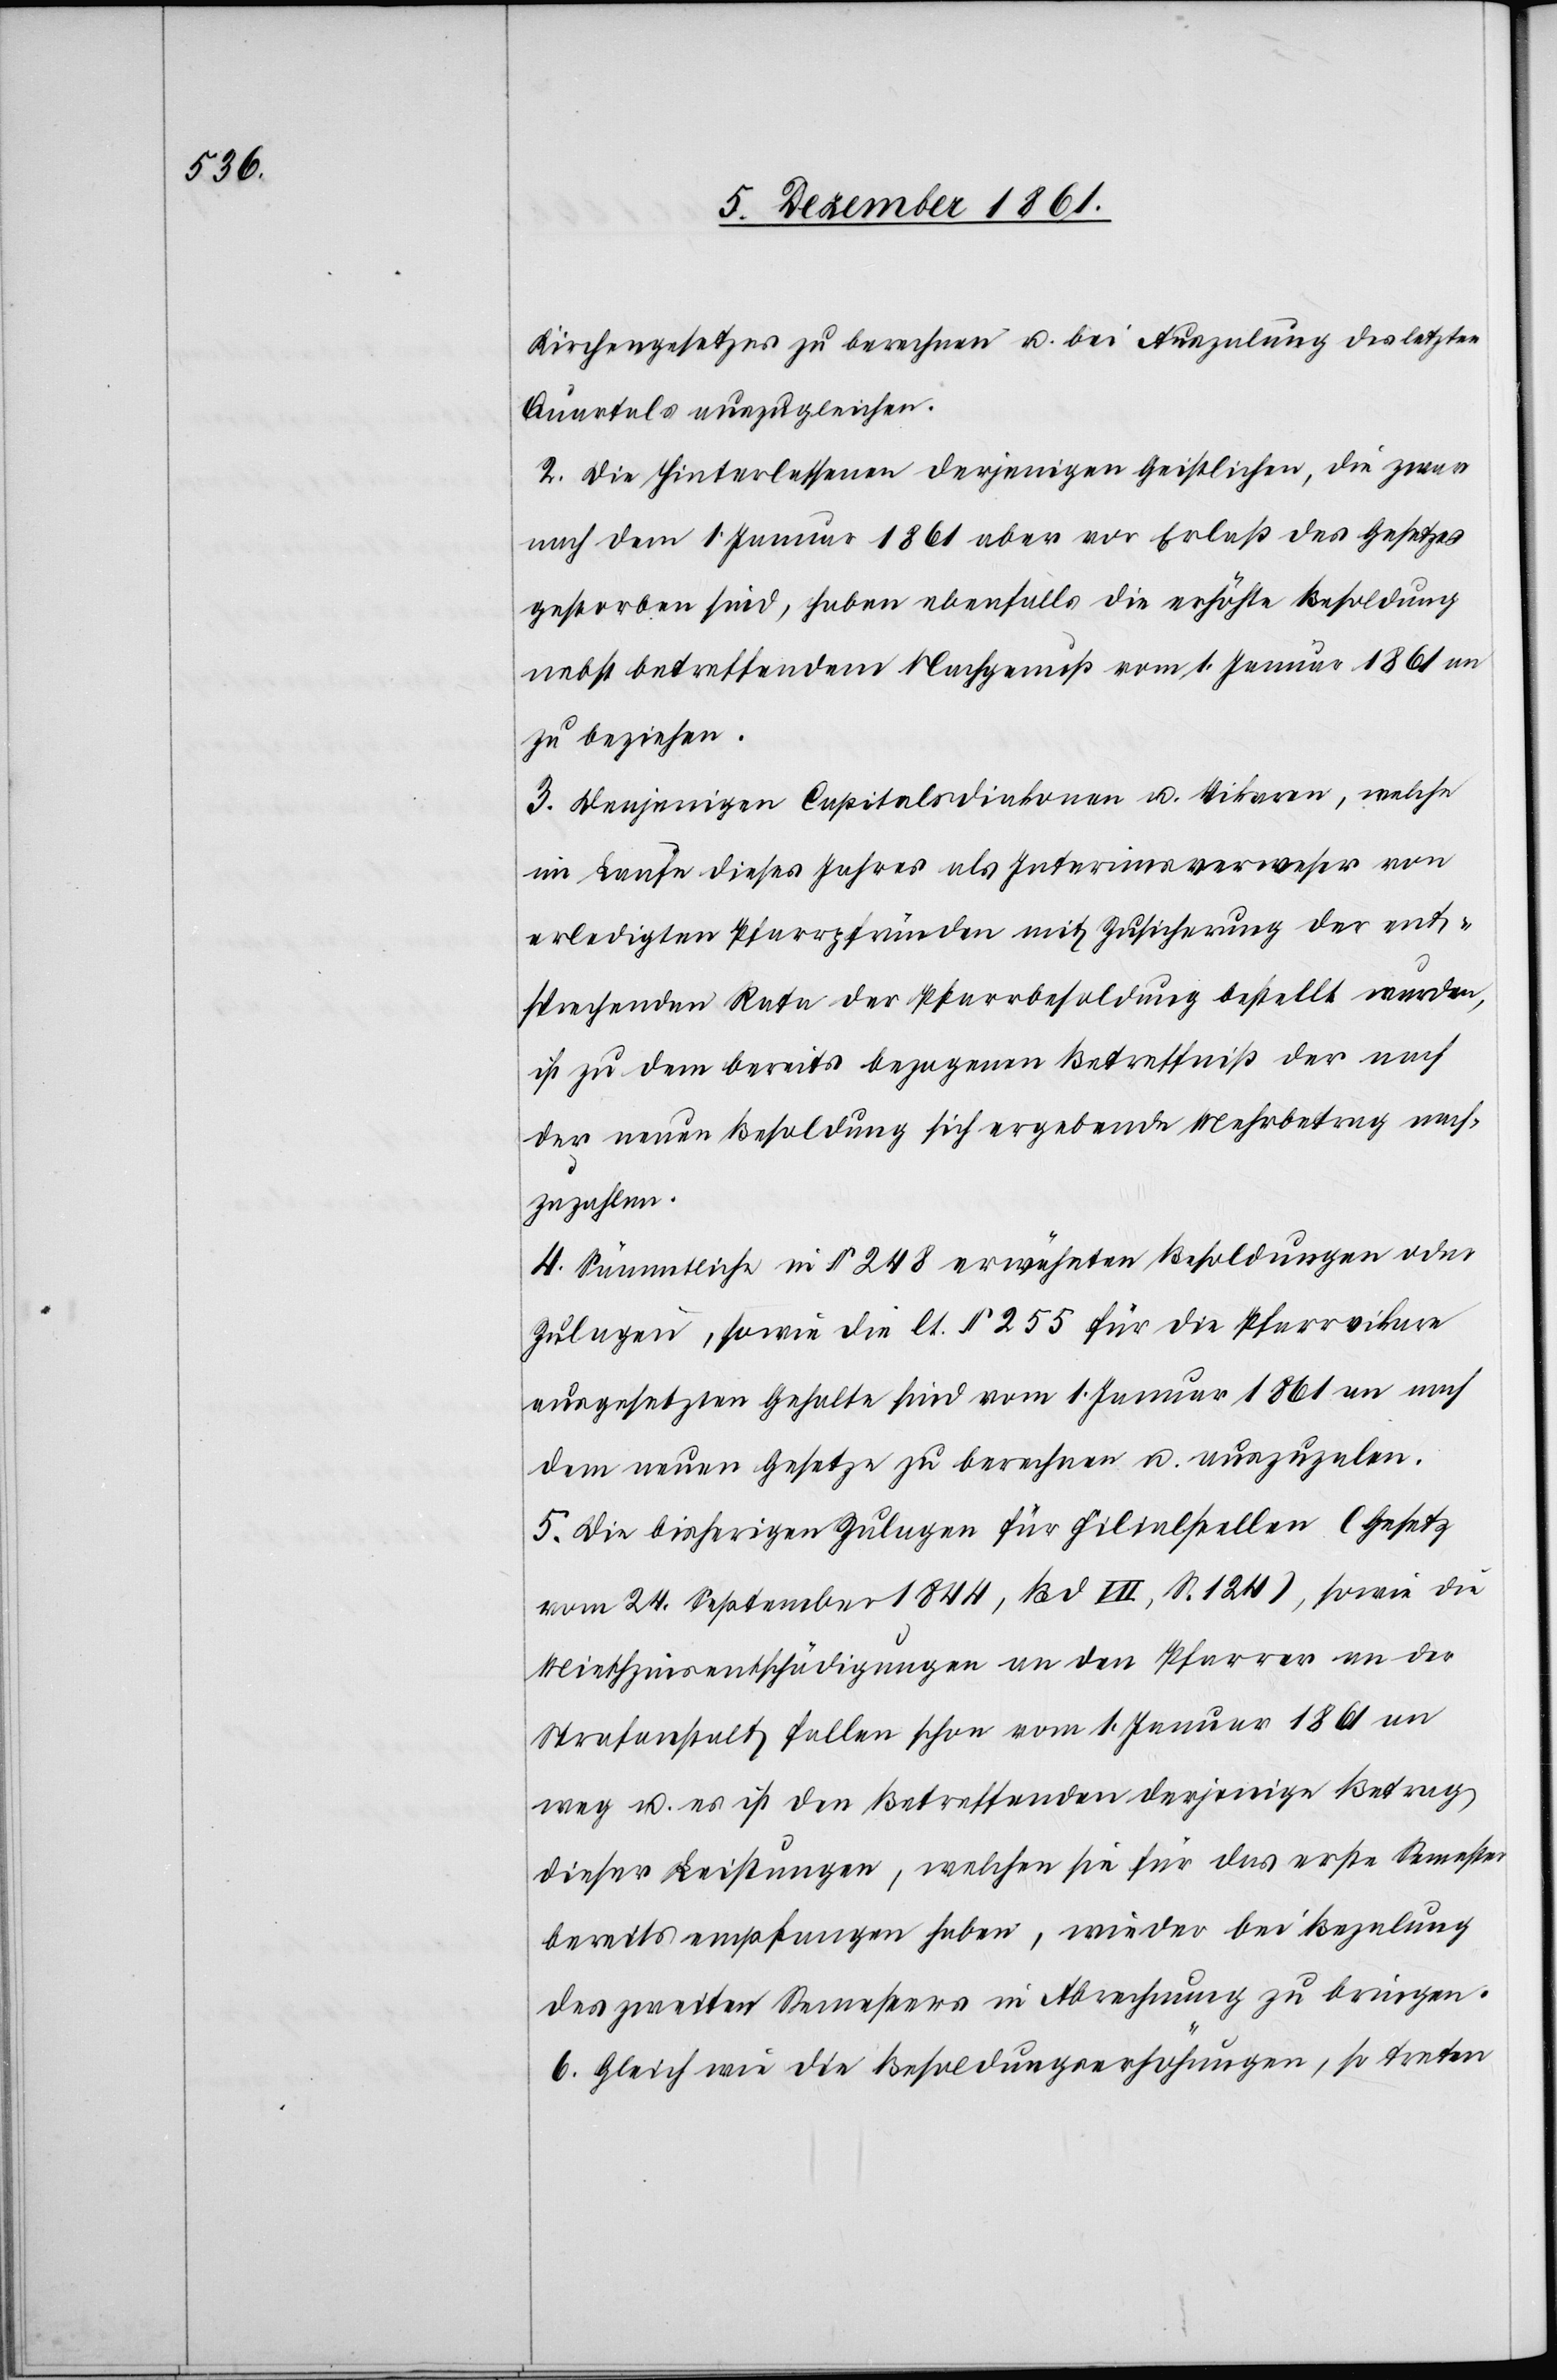
Kirchengesetzes zu berechnen u. bei der Anzalung des letzten
Quartals auszugleichen.
2. Die Hinterlassenen derjenigen Geistlichen, die zwar
nach dem 1 Januar 1861 aber vor Erlaß des Gesetzes
gestorben sind, haben ebenfalls die erhöhte Besoldung
nebst betreffenden Nachgenuß vom 1 Januar 1861 an
zu beziehen.
3. Denjenigen Capitalsdiakonen u. Vikaren, welche
im Laufe dieses Jahres als Interimsverweser von
erledigten Pfarrpfründen mit Zusicherung der ent¬
sprechenden Rata der Pfarrbesoldung bestellt wurden,
ist zu dem bereits bezogenen Betreffniß der nach
der neuen Besoldung sich ergebende Mehrbetrag nach¬
zuzahlen.
4. Sämmtliche in § 248 erwähnten Besoldungen oder
Zulagen, sowie die lt. § 255 für die Pfarrvikare
ausgesetzten Gehalte sind vom 1 Januar 1861 an nach
dem neuen Gesetze zu berechnen u. auszuzalen.
5. Die bisherigen Zulagen für Filialstellen (Gesetz
vom 24 September 1844, Bd. VII, S. 124), sowie die
Miethzinsentschädigungen an den Pfarrer an der
Strafanstalt fallen schon vom 1 Januar 1861 an
weg u. es ist den Betreffenden derjenige Betrag
dieser Leistungen, welchen sie für das erste Semester
bereits empfangen haben, wieder bei Bezalung
des zweiten Semesters in Abrechnung zu bringen.
6. Gleich wie die Besoldungserhöhungen, so treten